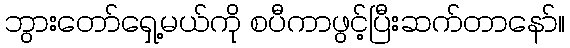
ဘွားတော်ရှေ့မယ်ကို စပီကာဖွင့်ပြီးဆက်တာနော်။